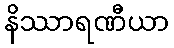
နိဿာရဏီယာ